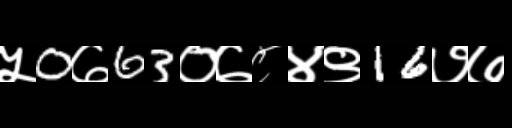
Text: ५0७63०७८४९16७७